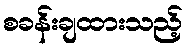
စခန်းချထားသည့်